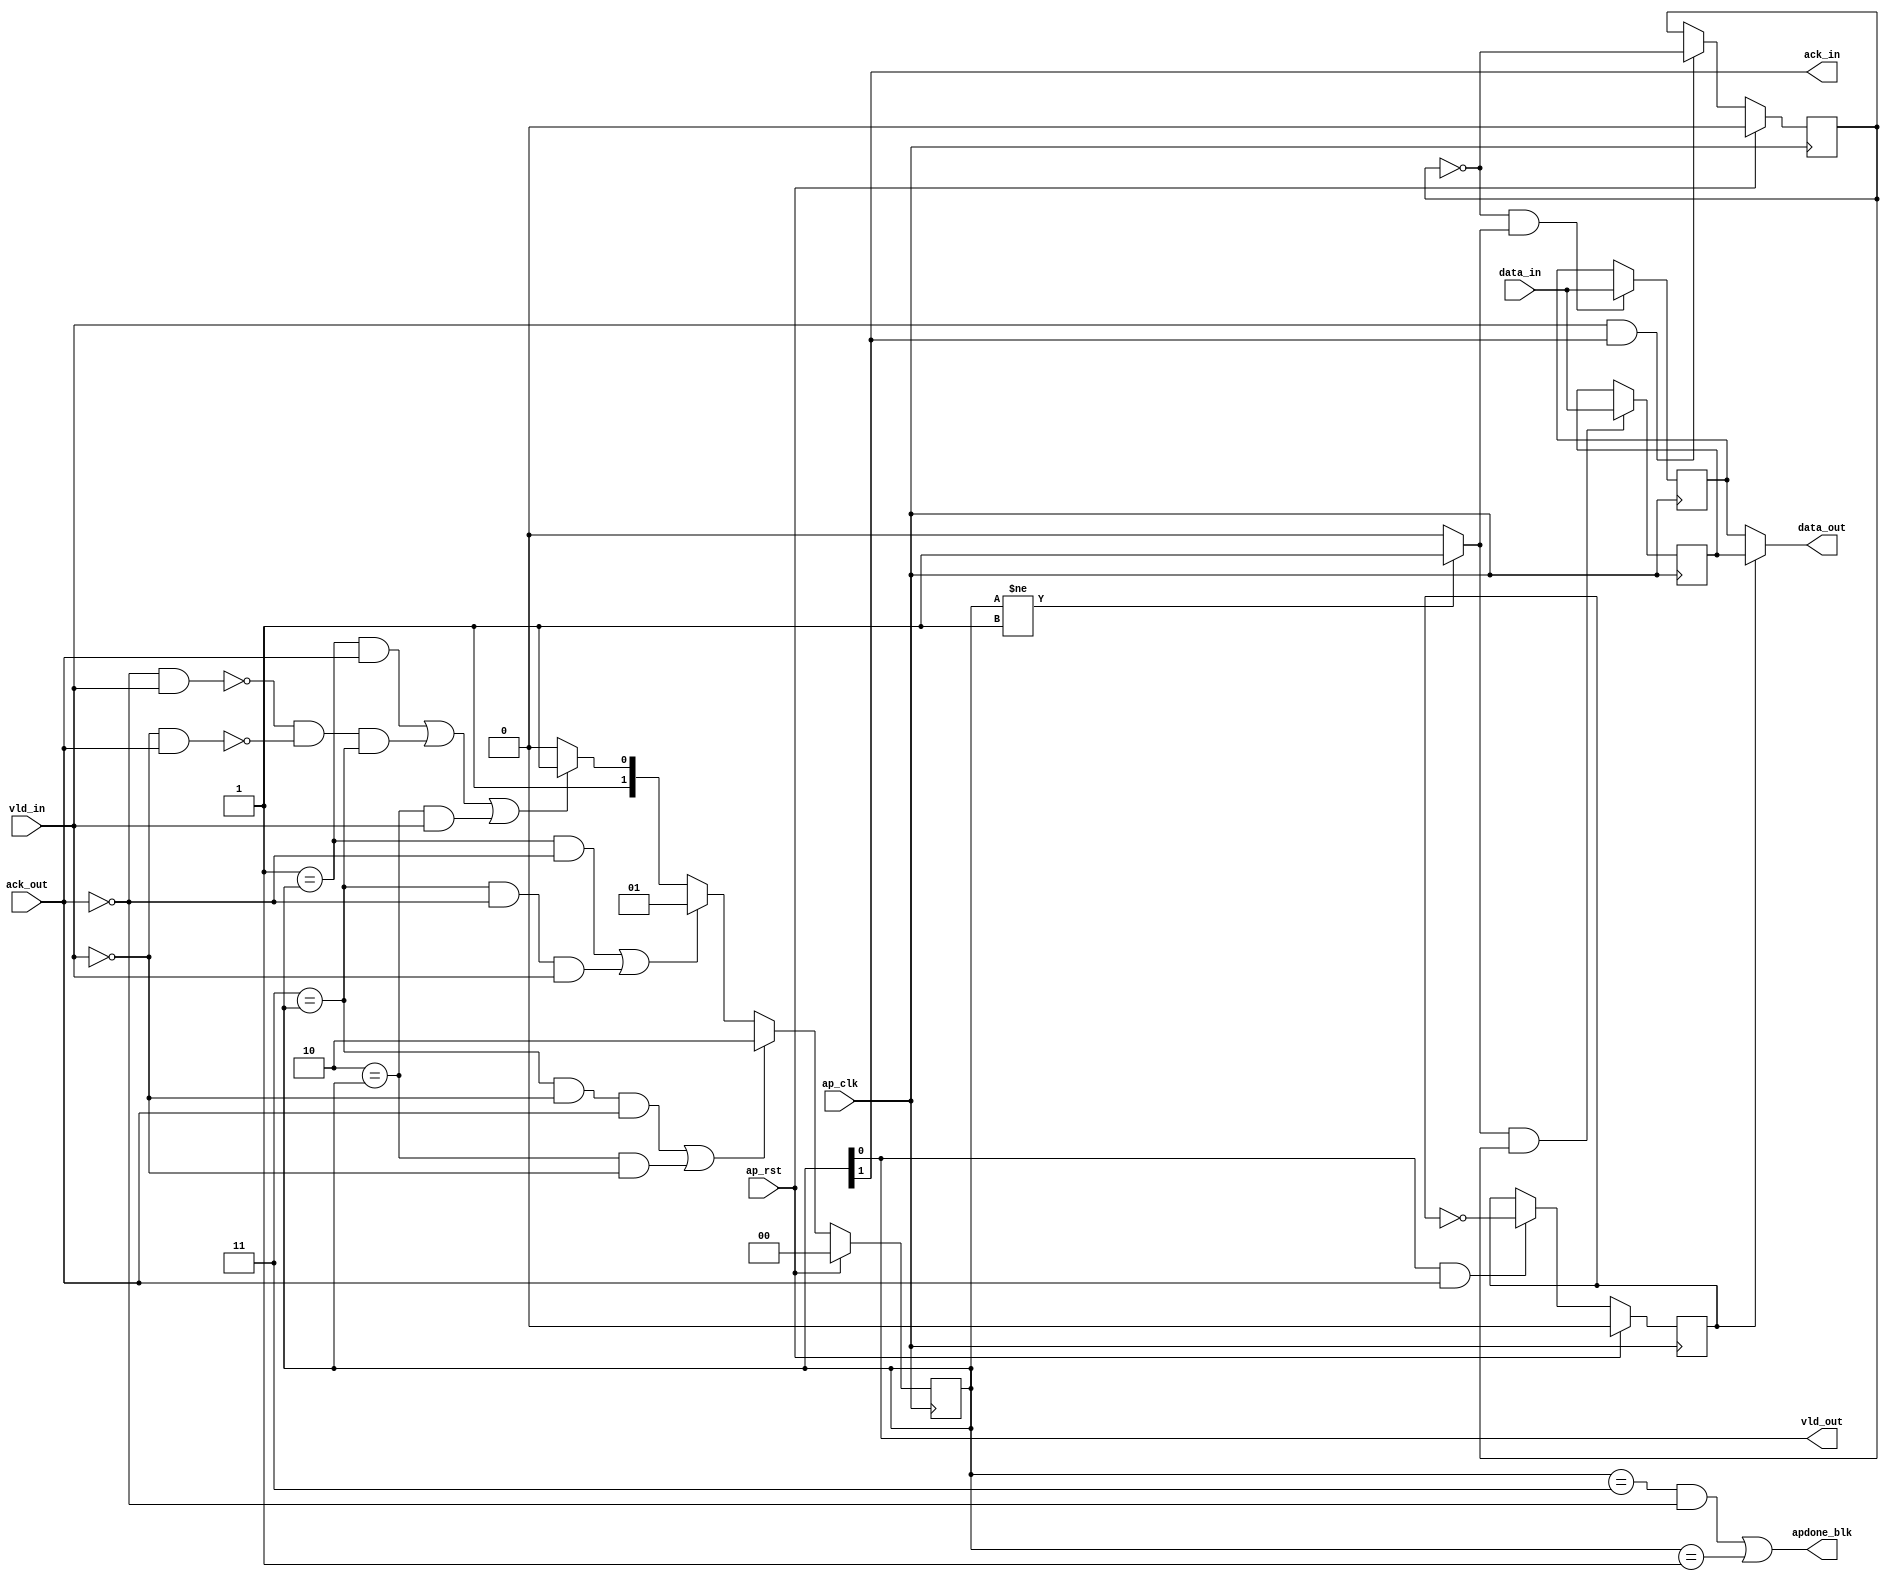
// ==============================================================
// Vitis HLS - High-Level Synthesis from C, C++ and OpenCL v2020.2 (64-bit)
// Copyright 1986-2020 Xilinx, Inc. All Rights Reserved.
// ==============================================================

`timescale 1ns/1ps

module StreamingDataWidthConverter_Batch_1_regslice_both
#(parameter 
    DataWidth=32
)(
    input ap_clk ,
    input ap_rst,

    input [DataWidth-1:0] data_in , 
    input vld_in , 
    output ack_in ,
    output [DataWidth-1:0] data_out, 
    output vld_out,
    input ack_out,
    output apdone_blk
);
 

reg   [1:0] B_V_data_1_state;
wire   [DataWidth-1:0] B_V_data_1_data_in;
reg   [DataWidth-1:0] B_V_data_1_data_out;
wire    B_V_data_1_vld_reg;
wire    B_V_data_1_vld_in;
wire    B_V_data_1_vld_out;
reg   [DataWidth-1:0] B_V_data_1_payload_A;
reg   [DataWidth-1:0] B_V_data_1_payload_B;
reg    B_V_data_1_sel_rd;
reg    B_V_data_1_sel_wr;
wire    B_V_data_1_sel;
wire    B_V_data_1_load_A;
wire    B_V_data_1_load_B;
wire    B_V_data_1_state_cmp_full;
wire    B_V_data_1_ack_in;
wire    B_V_data_1_ack_out;

always @ (posedge ap_clk) begin
    if (ap_rst == 1'b1) begin
        B_V_data_1_sel_rd <= 1'b0;
    end else begin
        if (((1'b1 == B_V_data_1_vld_out) & (1'b1 == B_V_data_1_ack_out))) begin
            B_V_data_1_sel_rd <= ~B_V_data_1_sel_rd;
        end else begin
            B_V_data_1_sel_rd <= B_V_data_1_sel_rd;
        end
    end
end

always @ (posedge ap_clk) begin
    if (ap_rst == 1'b1) begin
        B_V_data_1_sel_wr <= 1'b0;
    end else begin
        if (((1'b1 == B_V_data_1_vld_in) & (1'b1 == B_V_data_1_ack_in))) begin
            B_V_data_1_sel_wr <= ~B_V_data_1_sel_wr;
        end else begin
            B_V_data_1_sel_wr <= B_V_data_1_sel_wr;
        end
    end
end

always @ (posedge ap_clk) begin
    if (ap_rst == 1'b1) begin
        B_V_data_1_state <= 2'd0;
    end else begin
        if ((((2'd3 == B_V_data_1_state) & (1'b0 == B_V_data_1_vld_in) & (1'b1 == B_V_data_1_ack_out)) | ((2'd2 == B_V_data_1_state) & (1'b0 == B_V_data_1_vld_in)))) begin
            B_V_data_1_state <= 2'd2;
        end else if ((((2'd1 == B_V_data_1_state) & (1'b0 == B_V_data_1_ack_out)) | ((2'd3 == B_V_data_1_state) & (1'b0 == B_V_data_1_ack_out) & (1'b1 == B_V_data_1_vld_in)))) begin
            B_V_data_1_state <= 2'd1;
        end else if ((((2'd1 == B_V_data_1_state) & (1'b1 == B_V_data_1_ack_out)) | (~((1'b0 == B_V_data_1_ack_out) & (1'b1 == B_V_data_1_vld_in)) & ~((1'b0 == B_V_data_1_vld_in) & (1'b1 == B_V_data_1_ack_out)) & (2'd3 == B_V_data_1_state)) | ((2'd2 == B_V_data_1_state) & (1'b1 == B_V_data_1_vld_in)))) begin
            B_V_data_1_state <= 2'd3;
        end else begin
            B_V_data_1_state <= 2'd2;
        end
    end
end

always @ (posedge ap_clk) begin
    if ((1'b1 == B_V_data_1_load_A)) begin
        B_V_data_1_payload_A <= B_V_data_1_data_in;
    end
end

always @ (posedge ap_clk) begin
    if ((1'b1 == B_V_data_1_load_B)) begin
        B_V_data_1_payload_B <= B_V_data_1_data_in;
    end
end

always @ (*) begin
    if ((1'b1 == B_V_data_1_sel)) begin
        B_V_data_1_data_out = B_V_data_1_payload_B;
    end else begin
        B_V_data_1_data_out = B_V_data_1_payload_A;
    end
end

assign B_V_data_1_ack_in = B_V_data_1_state[1'd1];
assign B_V_data_1_load_A = (~B_V_data_1_sel_wr & B_V_data_1_state_cmp_full);
assign B_V_data_1_load_B = (B_V_data_1_state_cmp_full & B_V_data_1_sel_wr);
assign B_V_data_1_sel = B_V_data_1_sel_rd;
assign B_V_data_1_state_cmp_full = ((B_V_data_1_state != 2'd1) ? 1'b1 : 1'b0);
assign B_V_data_1_vld_out = B_V_data_1_state[1'd0];

assign ack_in = B_V_data_1_ack_in;
assign B_V_data_1_data_in = data_in;
assign B_V_data_1_vld_in = vld_in;

assign vld_out = B_V_data_1_vld_out;
assign data_out = B_V_data_1_data_out;
assign B_V_data_1_ack_out = ack_out;

assign apdone_blk = ((B_V_data_1_state == 2'd3 && ack_out == 1'b0) | (B_V_data_1_state == 2'd1));

endmodule // both

module StreamingDataWidthConverter_Batch_1_regslice_both_w1
#(parameter 
    DataWidth=1
)(
    input ap_clk ,
    input ap_rst,

    input data_in , 
    input vld_in , 
    output ack_in ,
    output data_out, 
    output vld_out,
    input ack_out,
    output apdone_blk
);

reg     [1:0] B_V_data_1_state;
wire    B_V_data_1_data_in;
reg     B_V_data_1_data_out;
wire    B_V_data_1_vld_reg;
wire    B_V_data_1_vld_in;
wire    B_V_data_1_vld_out;
reg     B_V_data_1_payload_A;
reg     B_V_data_1_payload_B;
reg     B_V_data_1_sel_rd;
reg     B_V_data_1_sel_wr;
wire    B_V_data_1_sel;
wire    B_V_data_1_load_A;
wire    B_V_data_1_load_B;
wire    B_V_data_1_state_cmp_full;
wire    B_V_data_1_ack_in;
wire    B_V_data_1_ack_out;

always @ (posedge ap_clk) begin
    if (ap_rst == 1'b1) begin
        B_V_data_1_sel_rd <= 1'b0;
    end else begin
        if (((1'b1 == B_V_data_1_vld_out) & (1'b1 == B_V_data_1_ack_out))) begin
            B_V_data_1_sel_rd <= ~B_V_data_1_sel_rd;
        end else begin
            B_V_data_1_sel_rd <= B_V_data_1_sel_rd;
        end
    end
end

always @ (posedge ap_clk) begin
    if (ap_rst == 1'b1) begin
        B_V_data_1_sel_wr <= 1'b0;
    end else begin
        if (((1'b1 == B_V_data_1_vld_in) & (1'b1 == B_V_data_1_ack_in))) begin
            B_V_data_1_sel_wr <= ~B_V_data_1_sel_wr;
        end else begin
            B_V_data_1_sel_wr <= B_V_data_1_sel_wr;
        end
    end
end

always @ (posedge ap_clk) begin
    if (ap_rst == 1'b1) begin
        B_V_data_1_state <= 2'd0;
    end else begin
        if ((((2'd3 == B_V_data_1_state) & (1'b0 == B_V_data_1_vld_in) & (1'b1 == B_V_data_1_ack_out)) | ((2'd2 == B_V_data_1_state) & (1'b0 == B_V_data_1_vld_in)))) begin
            B_V_data_1_state <= 2'd2;
        end else if ((((2'd1 == B_V_data_1_state) & (1'b0 == B_V_data_1_ack_out)) | ((2'd3 == B_V_data_1_state) & (1'b0 == B_V_data_1_ack_out) & (1'b1 == B_V_data_1_vld_in)))) begin
            B_V_data_1_state <= 2'd1;
        end else if ((((2'd1 == B_V_data_1_state) & (1'b1 == B_V_data_1_ack_out)) | (~((1'b0 == B_V_data_1_ack_out) & (1'b1 == B_V_data_1_vld_in)) & ~((1'b0 == B_V_data_1_vld_in) & (1'b1 == B_V_data_1_ack_out)) & (2'd3 == B_V_data_1_state)) | ((2'd2 == B_V_data_1_state) & (1'b1 == B_V_data_1_vld_in)))) begin
            B_V_data_1_state <= 2'd3;
        end else begin
            B_V_data_1_state <= 2'd2;
        end
    end
end

always @ (posedge ap_clk) begin
    if ((1'b1 == B_V_data_1_load_A)) begin
        B_V_data_1_payload_A <= B_V_data_1_data_in;
    end
end

always @ (posedge ap_clk) begin
    if ((1'b1 == B_V_data_1_load_B)) begin
        B_V_data_1_payload_B <= B_V_data_1_data_in;
    end
end

always @ (*) begin
    if ((1'b1 == B_V_data_1_sel)) begin
        B_V_data_1_data_out = B_V_data_1_payload_B;
    end else begin
        B_V_data_1_data_out = B_V_data_1_payload_A;
    end
end

assign B_V_data_1_ack_in = B_V_data_1_state[1'd1];
assign B_V_data_1_load_A = (~B_V_data_1_sel_wr & B_V_data_1_state_cmp_full);
assign B_V_data_1_load_B = (B_V_data_1_state_cmp_full & B_V_data_1_sel_wr);
assign B_V_data_1_sel = B_V_data_1_sel_rd;
assign B_V_data_1_state_cmp_full = ((B_V_data_1_state != 2'd1) ? 1'b1 : 1'b0);
assign B_V_data_1_vld_out = B_V_data_1_state[1'd0];

assign ack_in = B_V_data_1_ack_in;
assign B_V_data_1_data_in = data_in;
assign B_V_data_1_vld_in = vld_in;

assign vld_out = B_V_data_1_vld_out;
assign data_out = B_V_data_1_data_out;
assign B_V_data_1_ack_out = ack_out;

assign apdone_blk = ((B_V_data_1_state == 2'd3 && ack_out == 1'b0) | (B_V_data_1_state == 2'd1));

endmodule // both